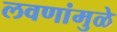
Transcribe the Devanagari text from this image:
लवणांमुळे